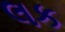
લક